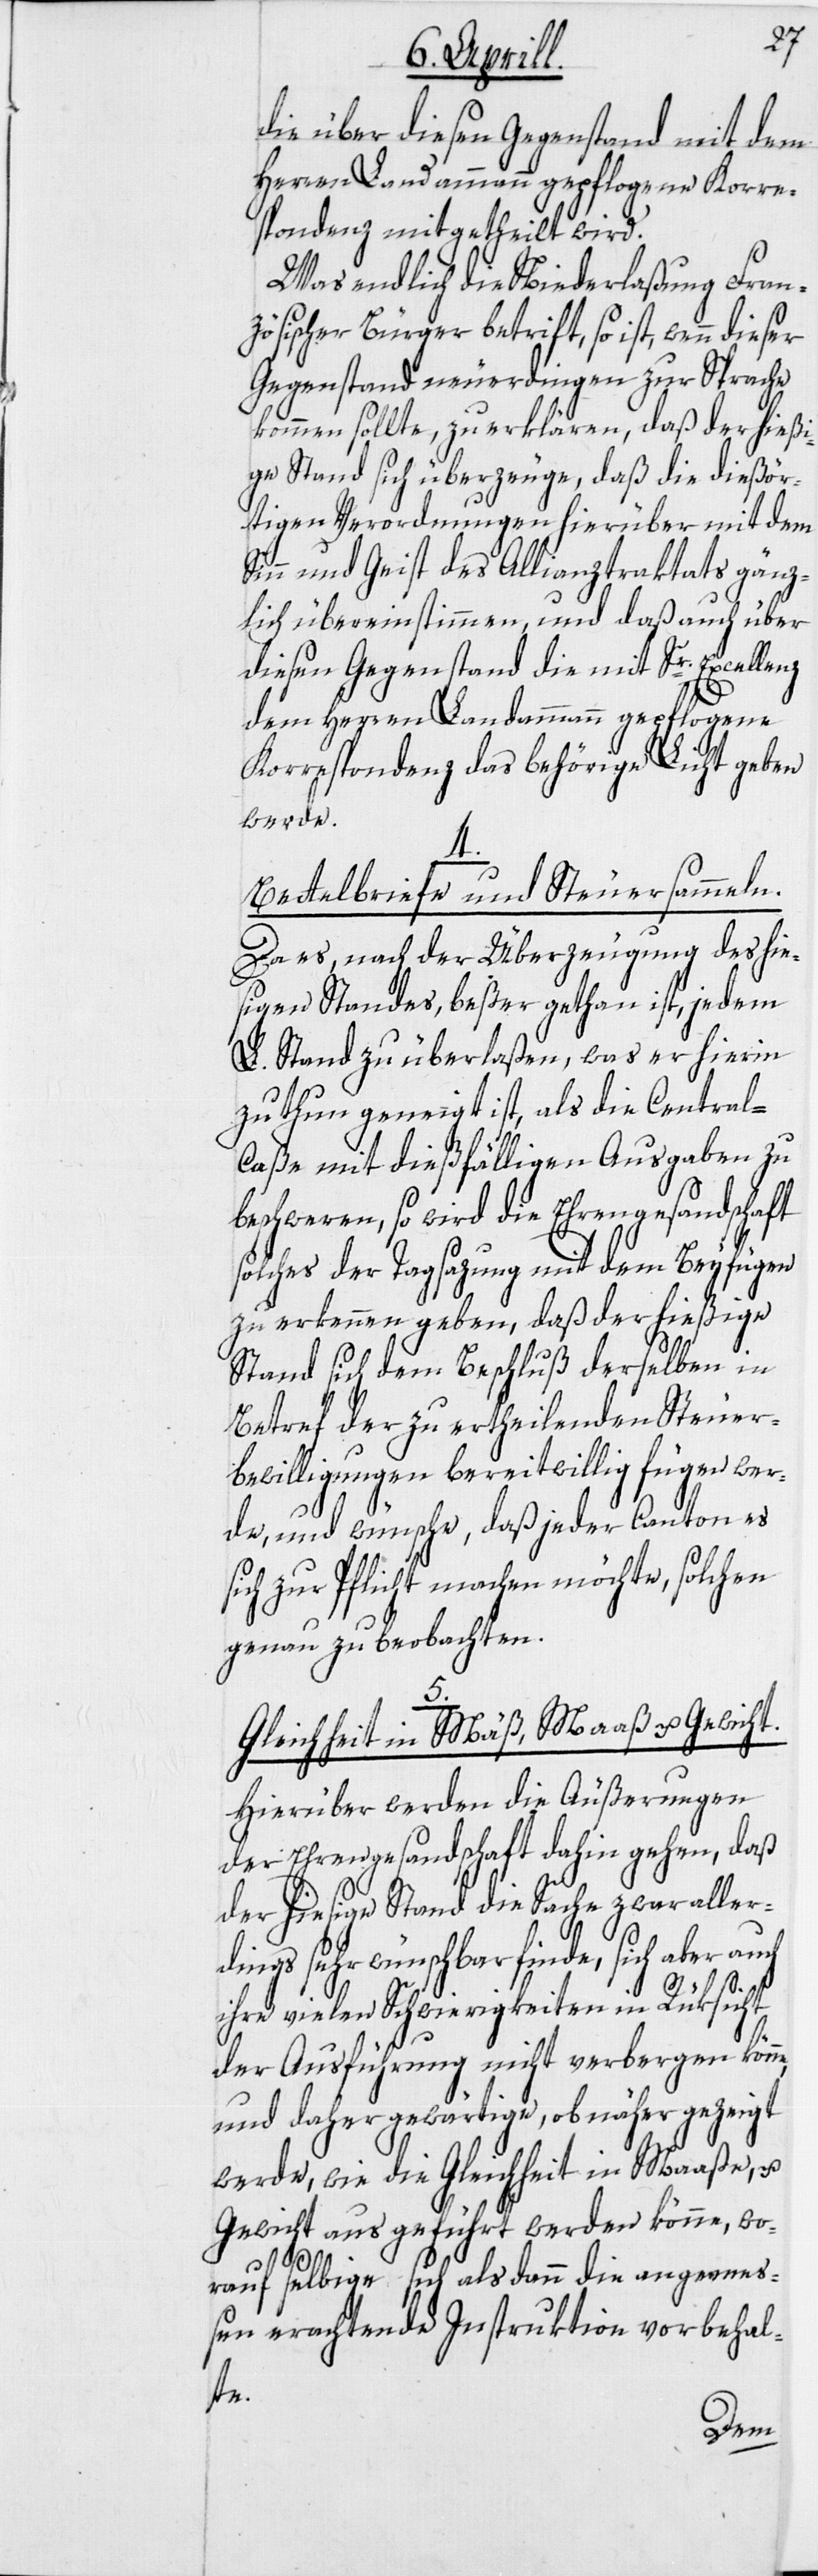
die über diesen Gegenstand mit dem
Herren Landammann gepflogene Korre¬
spondenz mitgetheilt wird.
Was endlich die Niederlaßung Fran¬
zösischer Bürger betrift, so ist, wenn dieser
Gegenstand neuerdingen zur Sprache
kommen sollte, zu erklären, daß der hießi¬
ge Stand sich überzeuge, daß die dießör¬
tigen Verordnungen hierüber mit dem
Sinn und Geist des Allianztraktats gänz¬
lich übereinstimmen, und daß auch über
diesen Gegenstand die mit Sr. Excellenz
dem Herren Landammann gepflogene
Korrespondenz das behörige Licht geben
werde.
4.
Bettelbriefe und Steuersammeln.
Da es, nach der Überzeugung des hie¬
sigen Standes, beßer gethan ist, jedem
L. Stand zu überlaßen, was er hierin
zu thun geneigt ist, als die Central-C¬
aße mit dießfälligen Ausgaben zu
beschweren, so wird die Ehrengesandschaft
solches der Tagsazung mit dem Beyfügen
zu erkennen geben, daß der hießige
Stand sich dem Beschluß derselben in
Betref der zu ertheilenden Steuer¬
bewilligungen bereitwillig fügen wer¬
de, und wünsche, daß jeder Canton es
sich zur Pflicht machen möchte, solchen
genau zu beobachten.
5.
Gleichheit in Mäß, Maaß u. Gewicht.
Hierüber werden die Äußerungen
der Ehrengesandschaft dahin gehen, daß
der hiesige Stand die Sache zwar aller¬
dings sehr wünschbar finde, sich aber auch
ihre vielen Schwierigkeiten in Rüksicht
der Ausführung nicht verbergen kön¬
und daher gewärtige, ob näher gezeigt
werde, wie die Gleichheit in Maaße, u.
Gewicht ausgeführt werden könne, wo¬
rauf selbige sich alsdann die angemeß¬
en erachtende Instruktion vorbehal¬
te.